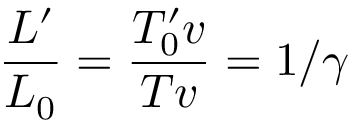
{ \frac { L ^ { \prime } } { L _ { 0 } } } = { \frac { T _ { 0 } ^ { \prime } v } { T v } } = 1 / \gamma